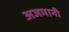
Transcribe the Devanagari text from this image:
अजमानी